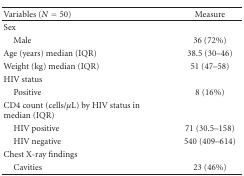
| Variables (N = 50) | Measure |
 | --- | --- |
 | Sex |  |
 | Male | 36 (72%) |
 | Age (years) median (IQR) | 38.5 (30–46) |
 | Weight (kg) median (IQR) | 51 (47–58) |
 | HIV status |  |
 | Positive | 8 (16%) |
 | CD4 count (cells/μL) by HIV status in median (IQR) |  |
 | HIV positive | 71 (30.5–158) |
 | HIV negative | 540 (409–614) |
 | Chest X-ray findings |  |
 | Cavities | 23 (46%) |